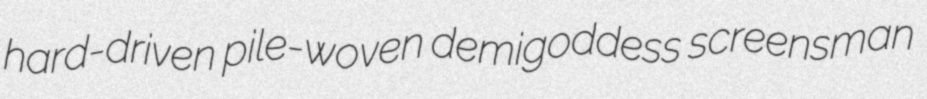
hard-driven pile-woven demigoddess screensman